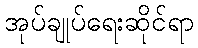
အုပ်ချုပ်ရေးဆိုင်ရာ